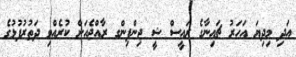
އަދި މިދިޔަ އަހަރު ޗައިނާގެ ރައީސް ޝީ ޖިންޕިންގ ރާއްޖެއަށް ކުރެއްވި ދަތުރުފުޅުގެ